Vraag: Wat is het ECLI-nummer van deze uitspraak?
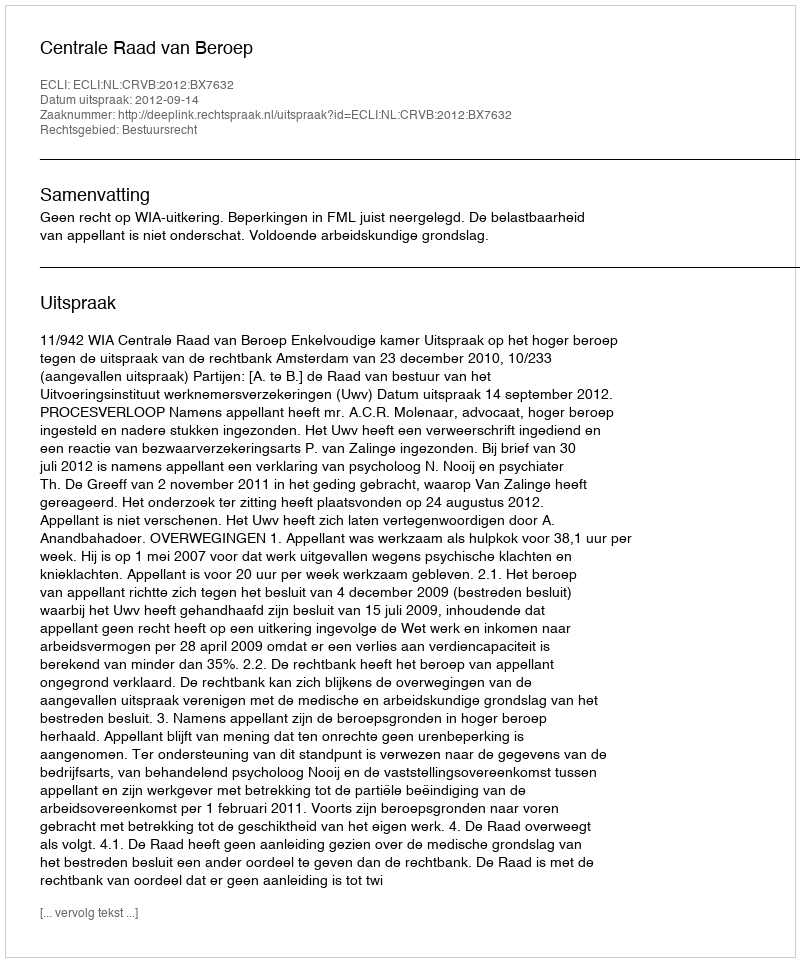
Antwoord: ECLI:NL:CRVB:2012:BX7632